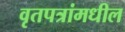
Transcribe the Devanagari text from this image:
वृतपत्रांमधील